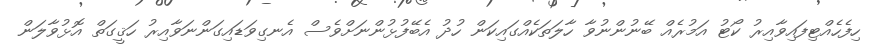
ހިފެހެއްޓިފައިވާއިރު ކޯޓު އަމުރެއް ބޭނުންނުވާ ހާލަތަކެއްގައިކަން ހުދު އެބޭފުޅުންނަށްވެސް އެނގިވަޑައިގަންނަވާއިރު ހަޤީގަތް އޮޅުވާލަން